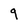
Character: 9